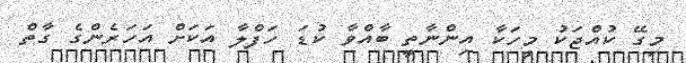
މިގޭ ކުއްޖަކު މީހަކާ އިންނާތީ ބާއްވާ ކުޑަ ހަފްލާ އަކަށް އަހަރެންގެ ގާތް